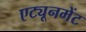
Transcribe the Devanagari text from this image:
एट्यूनमेंट